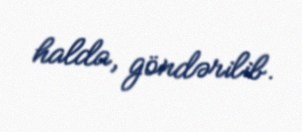
halda, göndərilib.